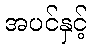
အပင်နှင့်